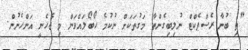
"ތި ބުނާ ރެސްޕެކްޓް ނުލިބިގެންތާ މަގުތަކަށް ނުކުމެ ހޯބޯލައްވަން މި ޖެހެނީ އަންހެނުން.